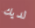
لديك